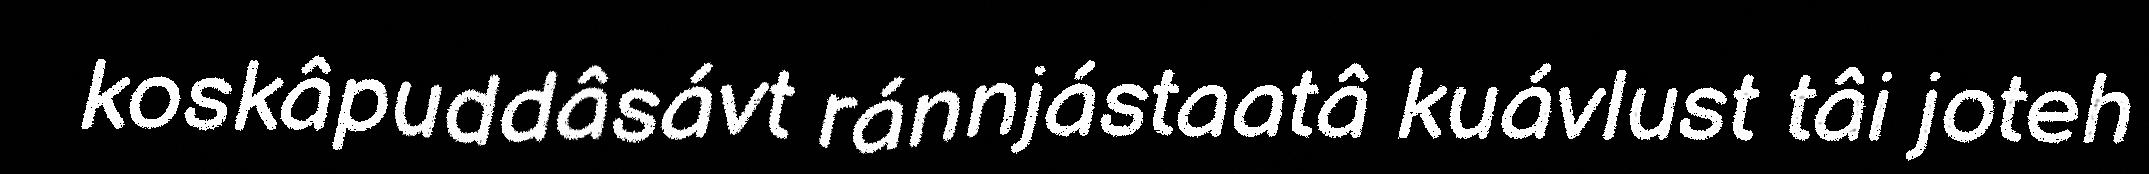
koskâpuddâsávt ránnjástaatâ kuávlust tâi joteh